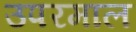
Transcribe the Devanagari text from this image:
उपरमाल